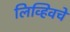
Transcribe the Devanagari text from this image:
लिव्हिवचे